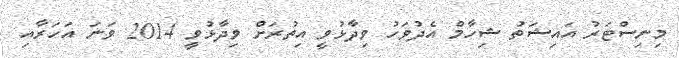
މިނިސްޓަރު އައިޝަތު ޝިހާމް އެދުވަހު ވިދާޅުވީ އިތުރަށް ވިދާޅުވީ 2014 ވަނަ އަހަރާއި